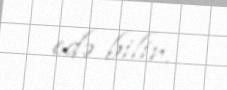
edə bilir.